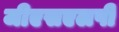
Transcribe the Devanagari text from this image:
जीएसएलपी